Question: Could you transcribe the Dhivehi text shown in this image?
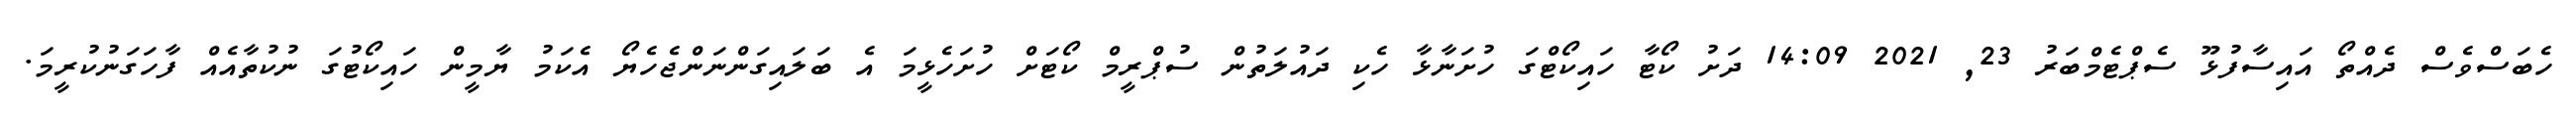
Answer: ހެބަސްވެސް ދެއްތޯ އައިސާފުޅޫ ސެޕްޓެމްބަރު 23, 2021 14:09 ދަށު ކޯޓާ ހައިކޯޓްގަ ހުށަނާޅާ ހެކި ދައުލަތުން ސުޕްރީމް ކޯޓަށް ހުށަހެޅީމަ އެ ބަލައިގަންނަންޖެހެޔޯ އެކަމު ޔާމީން ހައިކޯޓުގަ ނުކުތާއެއް ފާހަގަނުކުރީމަ.